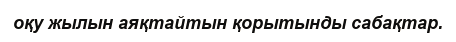
оқу жылын аяқтайтын қорытынды сабақтар.